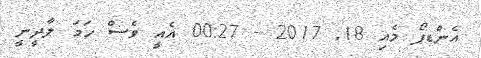
އެންޑޕޯ މެއި 18